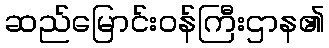
ဆည်မြောင်းဝန်ကြီးဌာန၏